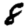
Digit: 8